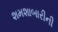
શમશાબારીની